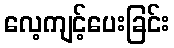
လေ့ကျင့်ပေးခြင်း